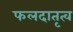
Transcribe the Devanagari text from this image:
फलदातृत्व